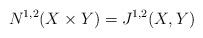
LaTeX: \begin{align*} N^{1,2}(X \times Y) = J^{1,2}(X,Y) \end{align*}